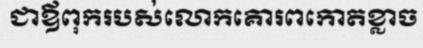
ជាឪពុករបស់លោកគោរពកោតខ្លាច